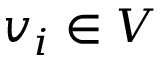
v _ { i } \in V